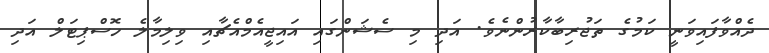
ދެއްވާފައިވަނީ ކަމުގެ ތަޖުރިބާކާރުންނެވެ. އަދި މި ސެޝަންގައި އައިޖީއެމްއެޗާއި ވިލިމާލެ ހޮސްޕިޓަލް އަދި